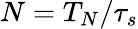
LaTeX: N=T_{N}/\tau_{s}